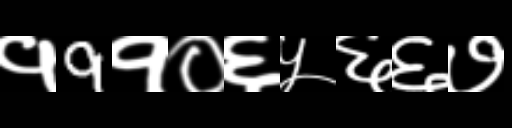
Text: १9१०६५६६७